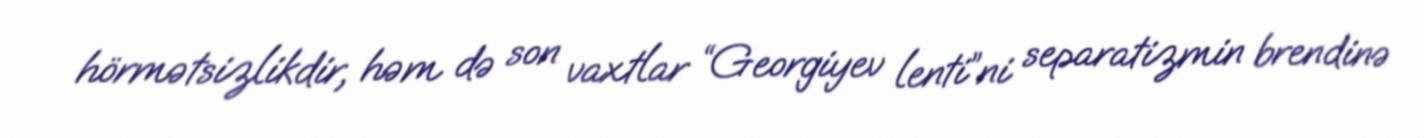
hörmətsizlikdir, həm də son vaxtlar “Georgiyev lenti”ni separatizmin brendinə